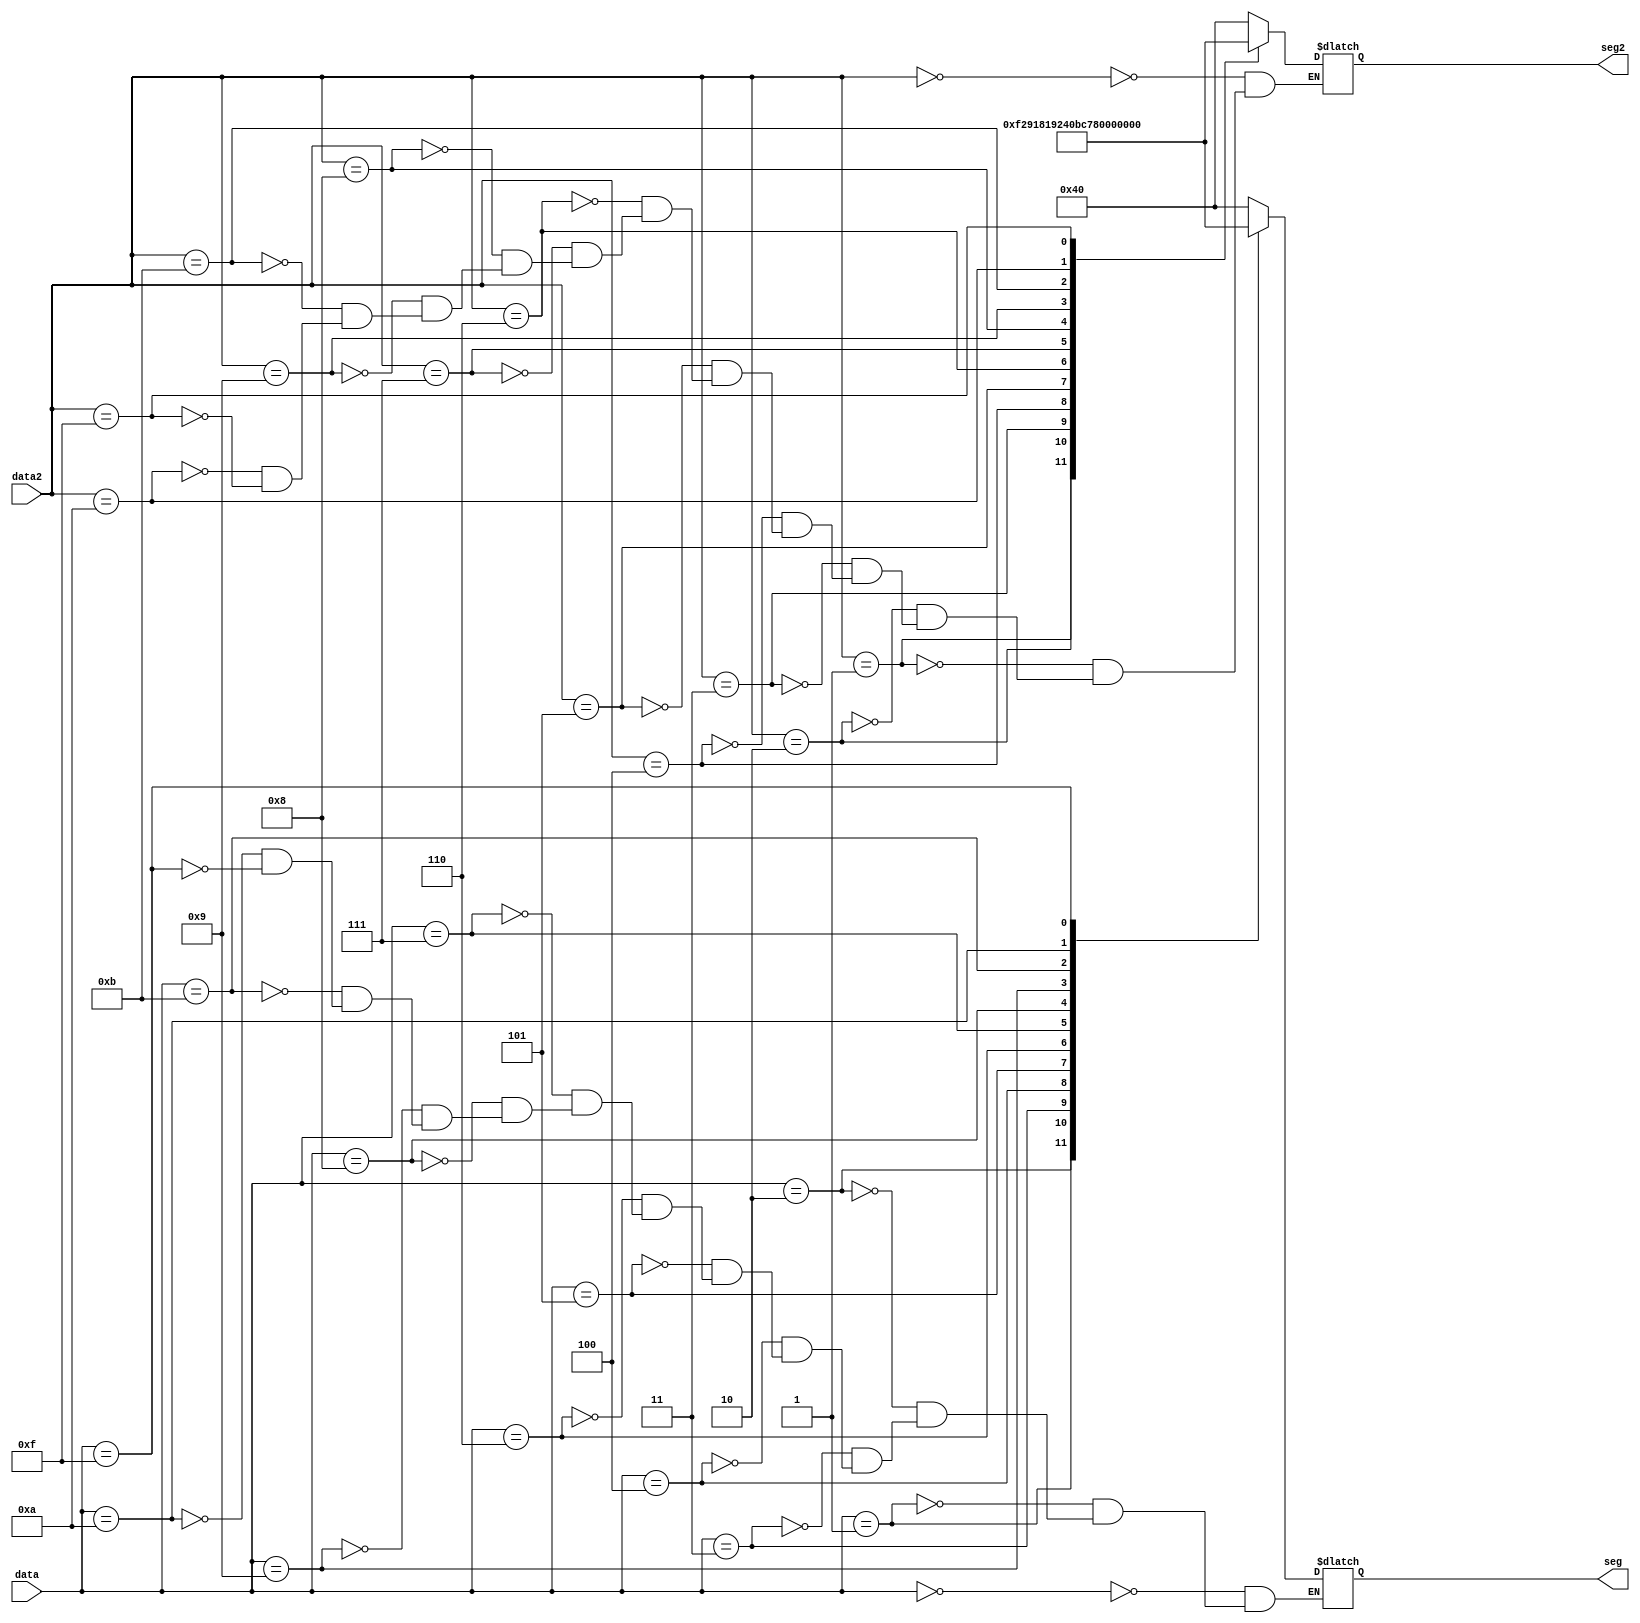
module coder
(input wire [3:0] data,
input wire [3:0] data2,
output wire [6:0] seg,
output wire [6:0] seg2);
reg [6:0]code;
assign seg=code;
reg [6:0]code2;
assign seg2=code2;
always @* begin
case(data)
	4'b0000: code = 7'b1000000;
	4'b0001: code = 7'b1111001;
	4'b0010: code = 7'b0100100;
	4'b0011: code = 7'b0110000;
	4'b0100: code = 7'b0011001;
	4'b0101: code = 7'b0010010;
	4'b0110: code = 7'b0000010;
	4'b0111: code = 7'b1111000;
	
	4'b1000: code = 7'b1110111;
	4'b1001: code = 7'b1111110;
	4'b1011: code = 7'b1111111;
	4'b1010: code = 7'b0101011;
	4'b1111: code = 7'b1000010;
	
endcase
case(data2)
	4'b0000: code2 = 7'b1000000;
	4'b0001: code2 = 7'b1111001;
	4'b0010: code2 = 7'b0100100;
	4'b0011: code2 = 7'b0110000;
	4'b0100: code2 = 7'b0011001;
	4'b0101: code2 = 7'b0010010;
	4'b0110: code2 = 7'b0000010;
	4'b0111: code2 = 7'b1111000;
	
	4'b1000: code2 = 7'b1110111;
	4'b1001: code2 = 7'b1111110;
	4'b1011: code2 = 7'b1111111;
	4'b1010: code2 = 7'b0101011;
	4'b1111: code2 = 7'b1000010;
endcase
end
endmodule